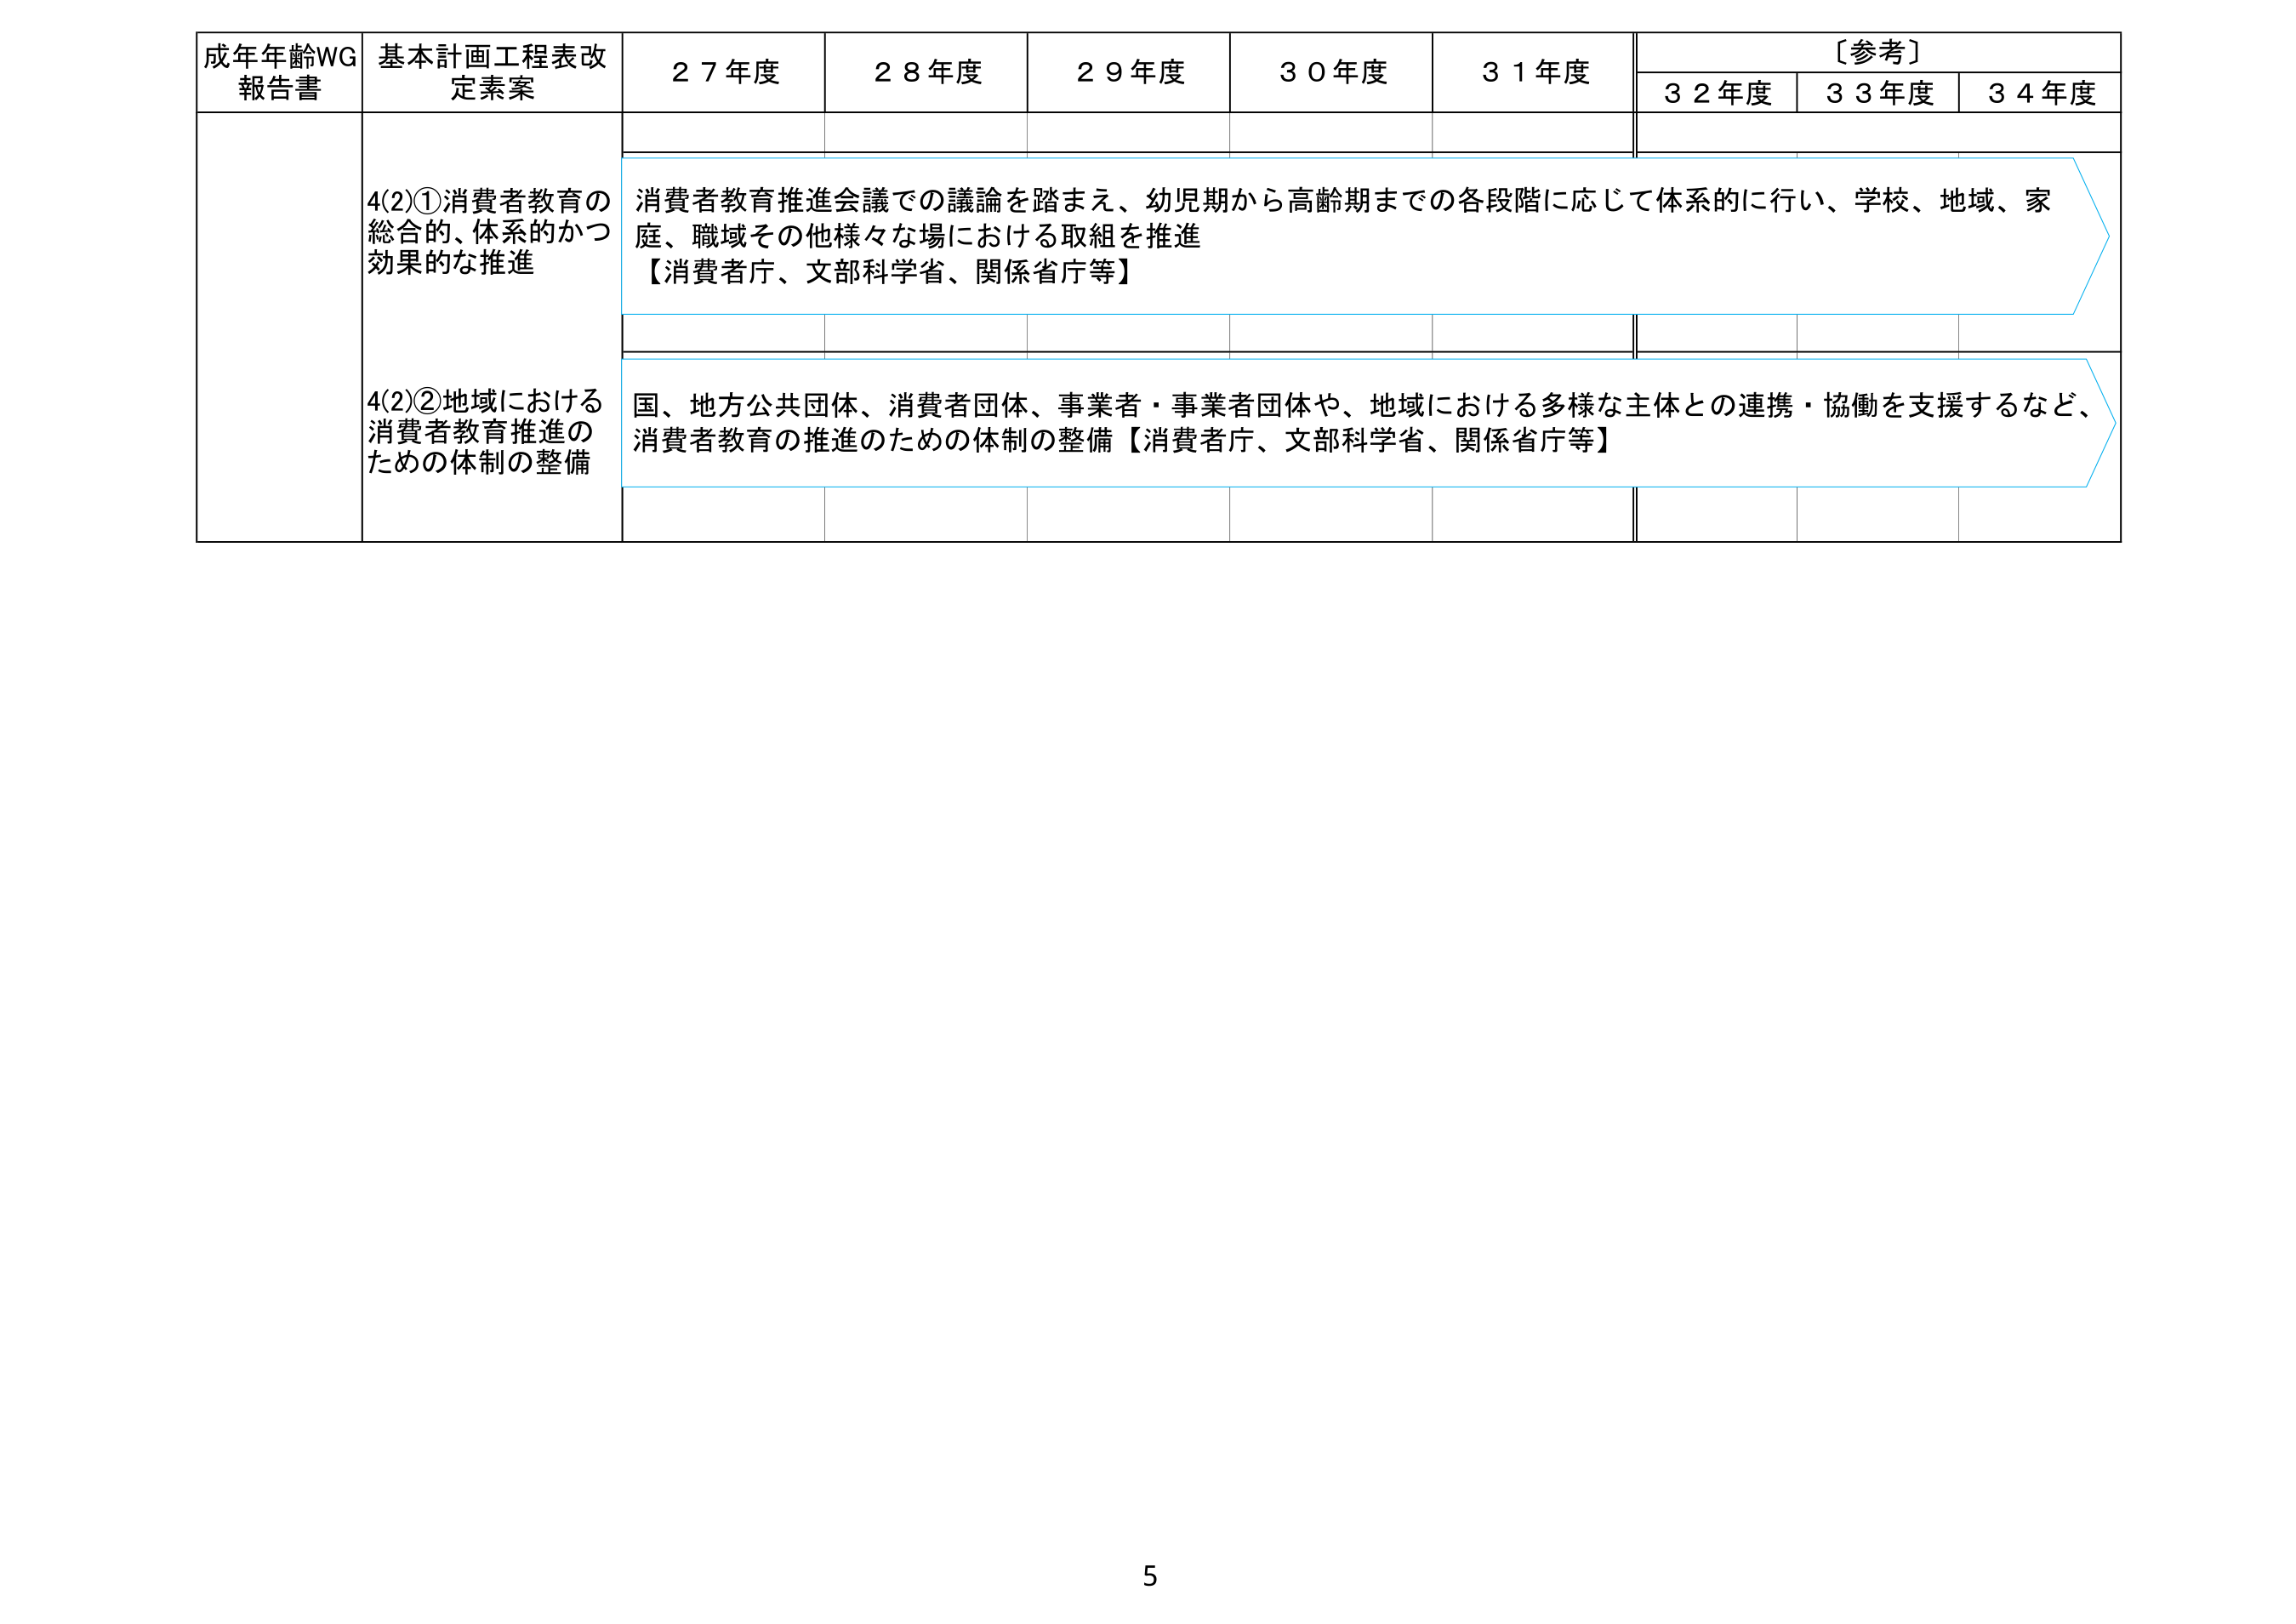
成年年齢WG
報告書

基本計画工程表改定素案

２７年度
２８年度
２９年度
３０年度
３１年度

〔参考〕
３２年度
３３年度
３４年度

4(2)①消費者教育の
総合的、体系的かつ
効果的な推進

消費者教育推進会議での議論を踏まえ、幼児期から高齢期までの各段階に応じて体系的に行い、学校、地域、家庭、職域その他様々な場における取組を推進
【消費者庁、文部科学省、関係省庁等】

4(2)②地域における
消費者教育推進の
ための体制の整備

国、地方公共団体、消費者団体、事業者・事業者団体や、地域における多様な主体との連携・協働を支援するなど、
消費者教育の推進のための体制の整備【消費者庁、文部科学省、関係省庁等】

5